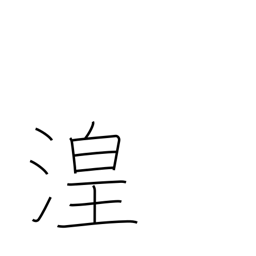
Meaning: wetland